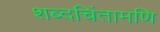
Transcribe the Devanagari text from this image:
शब्दचिंतामणि